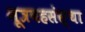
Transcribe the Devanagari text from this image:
मूत्रवहसंस्था